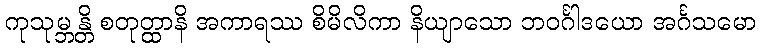
ကုသုမ္ဘန္တိ စတုတ္ထာနိ အကာရဿ စိမိလိကာ နိယျာသော ဘဝင်္ဂါဒယော အင်္ဂသမော